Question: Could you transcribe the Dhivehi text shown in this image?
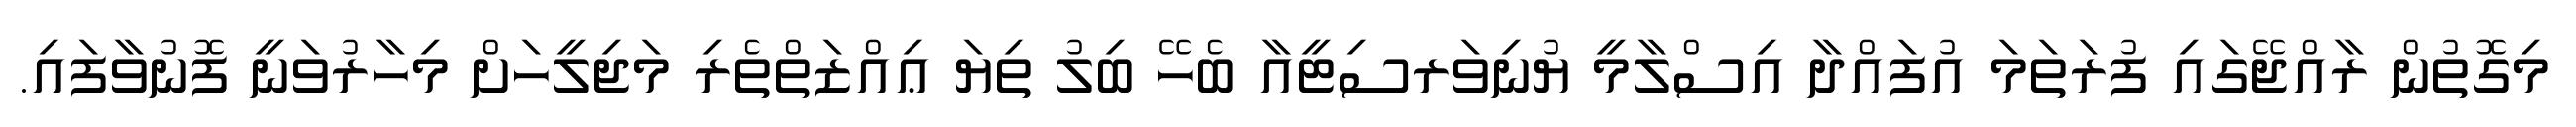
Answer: މިގޮތުން ރާއްޖޭގައި ފުރަތަމަ އުފައްދާ އިސްލާމީ ޔުނިވަރސިޓީއާ ބެހޭ ބިލު ތިޔަ ޢިއްޒަތްތެރި މަޖިލީހަށް މިހާރުވަނީ ފޮނުވާފައި.